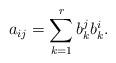
LaTeX: \begin{align*}a_{ij}=\sum_{k=1}^{r}b_{k}^{j}b_{k}^{i}. \end{align*}